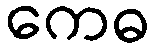
ကေဓ